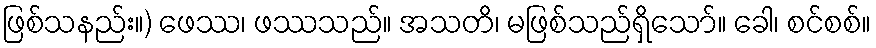
ဖြစ်သနည်း။) ဖေဿ၊ ဖဿသည်။ အသတိ၊ မဖြစ်သည်ရှိသော်။ ခေါ၊ စင်စစ်။